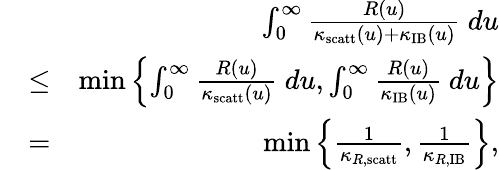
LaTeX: \begin{array}{rlr}&{}&{\int_{0}^{\infty}\frac{R(u)}{\kappa_{\mathrm{scatt}}(u)+\kappa_{\mathrm{IB}}(u)}~du}\\ &{\leq}&{\operatorname*{min}\left\{ \int_{0}^{\infty}\frac{R(u)}{\kappa_{\mathrm{scatt}}(u)}~du,\int_{0}^{\infty}\frac{R(u)}{\kappa_{\mathrm{IB}}(u)}~du\right\} }\\ &{=}&{\operatorname*{min}\left\{ \frac{1}{\kappa_{R,\mathrm{scatt}}},\frac{1}{\kappa_{R,\mathrm{IB}}}\right\} ,}\end{array}